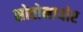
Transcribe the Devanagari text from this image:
सोतोमायोर